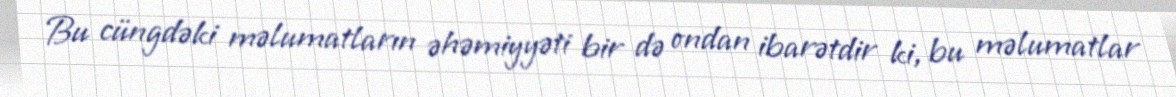
Bu cüngdəki məlumatların əhəmiyyəti bir də ondan ibarətdir ki, bu məlumatlar